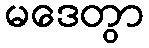
မဒေတွာ